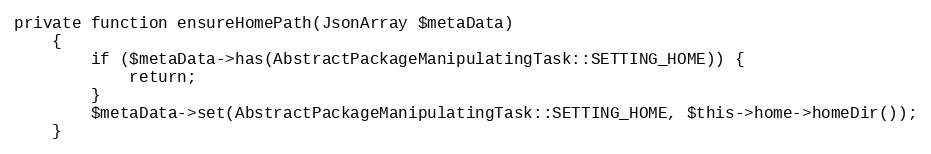
Language: PHP
private function ensureHomePath(JsonArray $metaData)
    {
        if ($metaData->has(AbstractPackageManipulatingTask::SETTING_HOME)) {
            return;
        }
        $metaData->set(AbstractPackageManipulatingTask::SETTING_HOME, $this->home->homeDir());
    }